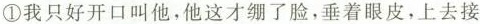
①我只好开口叫他，他这才绷了脸，垂着眼皮，上去接